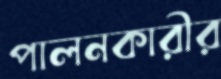
পালনকারীর